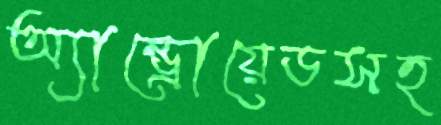
অ্যান্ড্রোয়েডসহ